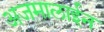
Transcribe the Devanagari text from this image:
अजमालाईन